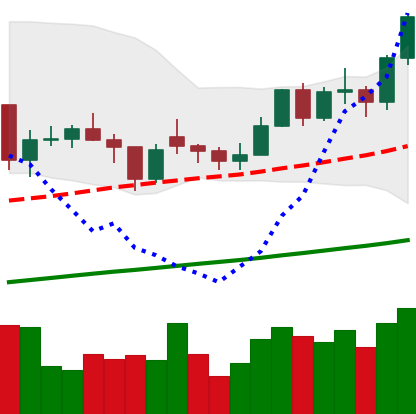
Ticker: LTC-USD
Chart end date: 2021-02-09
Forward return: 17.745%
Label: up_7plus